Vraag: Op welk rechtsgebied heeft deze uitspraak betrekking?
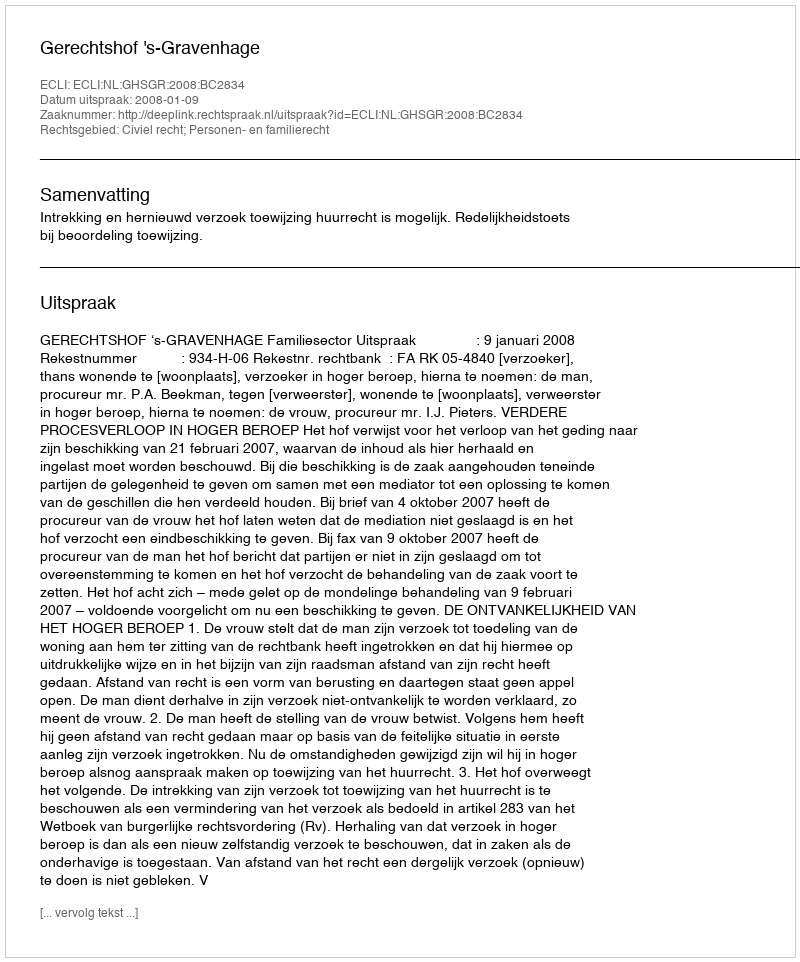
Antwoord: Civiel recht; Personen- en familierecht